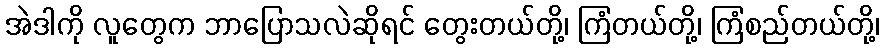
အဲဒါကို လူတွေက ဘာပြောသလဲဆိုရင် တွေးတယ်တို့၊ ကြံတယ်တို့၊ ကြံစည်တယ်တို့၊